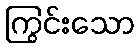
ကြွင်းသော